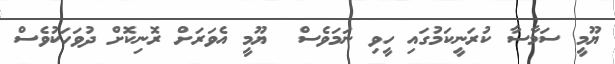
ޔޫމީ ސަމާސާ ކުރަނީކަމުގައި ހީވި ނަމަވެސް  ޔޫމީ އެވަރަށް ރޮނިކޮށް ދުވަހަކުވެސް